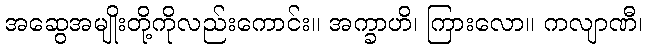
အဆွေအမျိုးတို့ကိုလည်းကောင်း။ အက္ခာဟိ၊ ကြားလော။ ကလျာဏီ၊